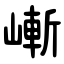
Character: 嶃